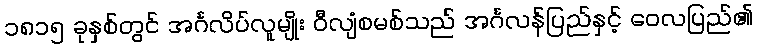
၁၈၁၅ ခုနှစ်တွင် အင်္ဂလိပ်လူမျိုး ဝီလျံစမစ်သည် အင်္ဂလန်ပြည်နှင့် ဝေလပြည်၏